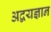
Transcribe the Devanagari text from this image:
अद्वयज्ञान